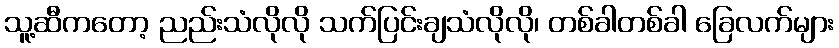
သူ့ဆီကတော့ ညည်းသံလိုလို သက်ပြင်းချသံလိုလို၊ တစ်ခါတစ်ခါ ခြေလက်များ